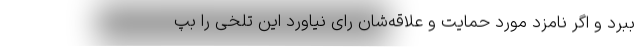
ببرد و اگر نامزد مورد حمایت و علاقه‌شان رای نیاورد این تلخی را بپ